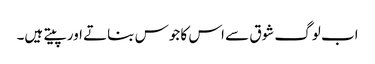
اب لوگ شوق سے اس کا جوس بناتے اور پیتے ہیں۔